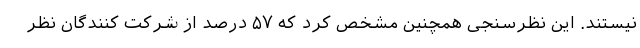
نیستند. این نظرسنجی همچنین مشخص کرد که ۵۷ درصد از شرکت کنندگان نظر